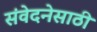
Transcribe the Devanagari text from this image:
संवेदनेसाठी